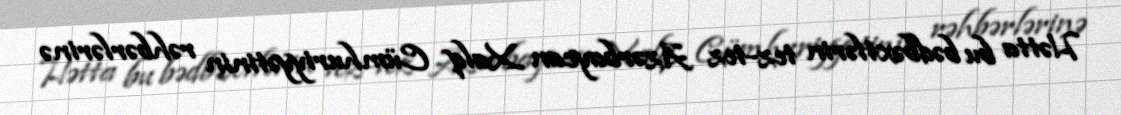
Hətta bu bədbəxtlərin tez-tez Azərbaycan Xalq Cümhuriyyətinin rəhbərlərinə